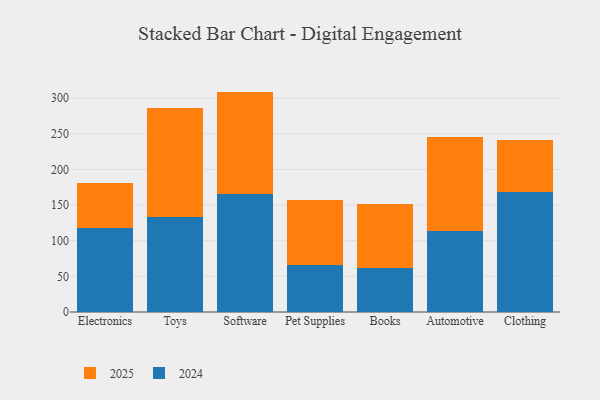
{"axis": {"x": "Category", "y": "Website Visitors"}, "legend": ["2024", "2025"], "data": [{"x": "Electronics", "y": 62.9, "type": "2025"}, {"x": "Electronics", "y": 118.1, "type": "2024"}, {"x": "Toys", "y": 153.1, "type": "2025"}, {"x": "Toys", "y": 133.3, "type": "2024"}, {"x": "Software", "y": 143.4, "type": "2025"}, {"x": "Software", "y": 165.9, "type": "2024"}, {"x": "Pet Supplies", "y": 90.0, "type": "2025"}, {"x": "Pet Supplies", "y": 66.6, "type": "2024"}, {"x": "Books", "y": 89.7, "type": "2025"}, {"x": "Books", "y": 61.8, "type": "2024"}, {"x": "Automotive", "y": 131.2, "type": "2025"}, {"x": "Automotive", "y": 113.7, "type": "2024"}, {"x": "Clothing", "y": 72.8, "type": "2025"}, {"x": "Clothing", "y": 168.0, "type": "2024"}]}